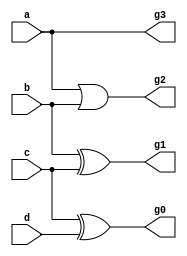
module BCD_To_Gray_dataflow (a, b, c, d, g3, g2, g1, g0);
	input a,b,c,d;
	output g0,g1,g2,g3;
	
	assign g3 = a;
	assign g2 = a|b;
	assign g1 = b^c;
	assign g0 = c^d;
endmodule